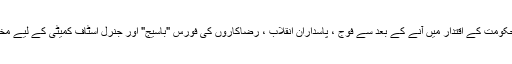
واضح رہے کہ جون 2013 میں روحانی کی حکومت کے اقتدار میں آنے کے بعد سے فوج ، پاسداران انقلاب ، رضاکاروں کی فورس "باسیج" اور جنرل اسٹاف کمیٹی کے لیے مختص بجٹ میں تقریبا 80% تک اضافہ ہوا ہے۔